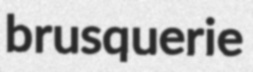
brusquerie